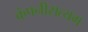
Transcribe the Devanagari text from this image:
कंपनीसत्यम